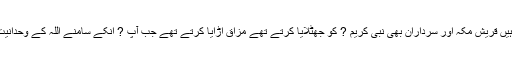
ایمان کی طاقت ہی ایسی ہے کہ ایمان والے زمین کے نیچے اور آسمان کے اوپر کی باتیں کرتے ہیں قریش مکہ اور سرداران بھی نبی کریم ? کو جھٹلایا کرتے تھے مزاق اڑایا کرتے تھے جب آپ ? انکے سامنے اللہ کے وحدانیت اور اللہ کے رسول ہونے کی دعوت پیش کرتے وہ لوگ سمجھتے کہ آپ ? نعوذباللہ مجنون ہے۔